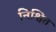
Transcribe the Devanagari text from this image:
निश्वित